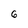
Character: 6